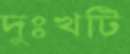
দুঃখটি